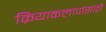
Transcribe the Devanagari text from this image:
क्रियाकलापांसाठी